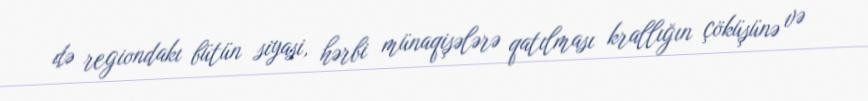
də regiondakı bütün siyasi, hərbi münaqişələrə qatılması krallığın çöküşünə və